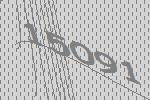
15091